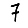
Digit: 7